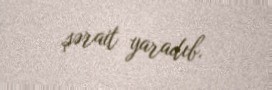
şərait yaradıb.